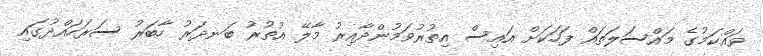
ވައްކަމުގެ މައްސަލަތައް ފަހަކަށް އައިސް އިތުރުވަމުންދާއިރު މާލޭ އުތުރު ބަނދަރު ހާބަރު ސަރަހައްދުގައި